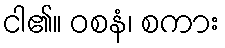
ငါ၏။ ဝစနံ၊ စကား